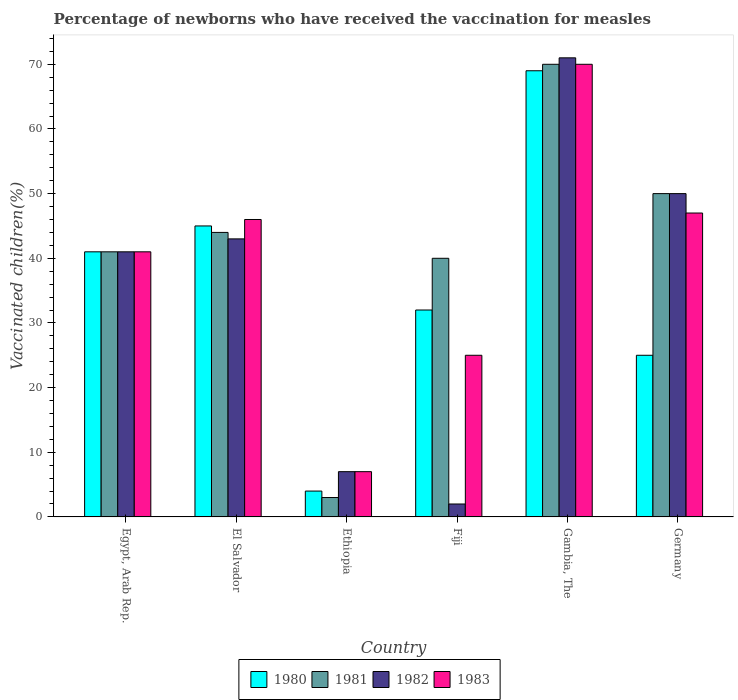
| Country | 1980 | 1981 | 1982 | 1983 |
 | --- | --- | --- | --- | --- |
 | Egypt, Arab Rep. | 41 | 41 | 41 | 41 |
 | El Salvador | 45 | 44 | 43 | 46 |
 | Ethiopia | 4 | 3 | 7 | 7 |
 | Fiji | 32 | 40 | 2 | 25 |
 | Gambia, The | 69 | 70 | 71 | 70 |
 | Germany | 25 | 50 | 50 | 47 |